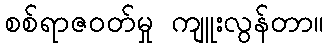
စစ်ရာဇဝတ်မှု ကျူးလွန်တာ။